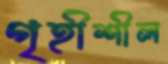
গৃহীশীল